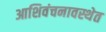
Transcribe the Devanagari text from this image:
आशिवंचनावस्थेत